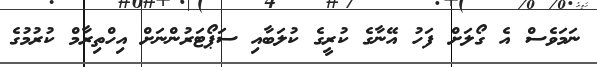
ނަމަވެސް އެ ގޯލަށް ފަހު އޭނާގެ ކުރީގެ ކުލަބާއި ސަޕޯޓަރުންނަށް އިހްތިރާމް ކުރުމުގެ